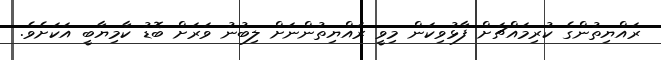
ރައްޔިތުންގެ ކުރިމައްޗަށް ފާޅުވިކަން މިވީ ރައްޔިތުންނަށް ލިބުނު ވަރަށް ބޮޑު ކާމިޔާބީ އަކަށެވެ.